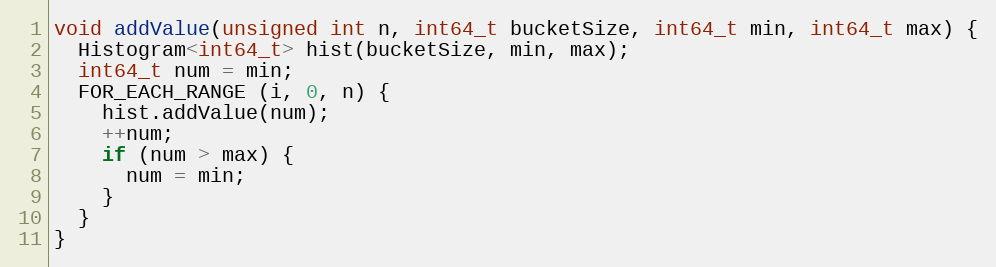
Language: C++
void addValue(unsigned int n, int64_t bucketSize, int64_t min, int64_t max) {
  Histogram<int64_t> hist(bucketSize, min, max);
  int64_t num = min;
  FOR_EACH_RANGE (i, 0, n) {
    hist.addValue(num);
    ++num;
    if (num > max) {
      num = min;
    }
  }
}